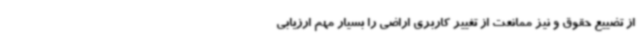
از تضییع حقوق و نیز ممانعت از تغییر کاربری اراضی را بسیار مهم ارزیابی